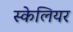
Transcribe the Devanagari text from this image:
स्केलियर